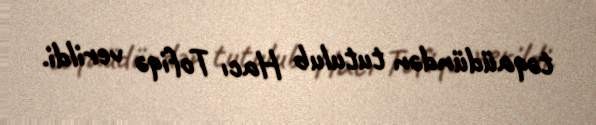
təqaüdündən tutulub Hacı Tofiqə verildi.